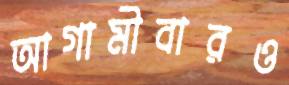
আগামীবারও